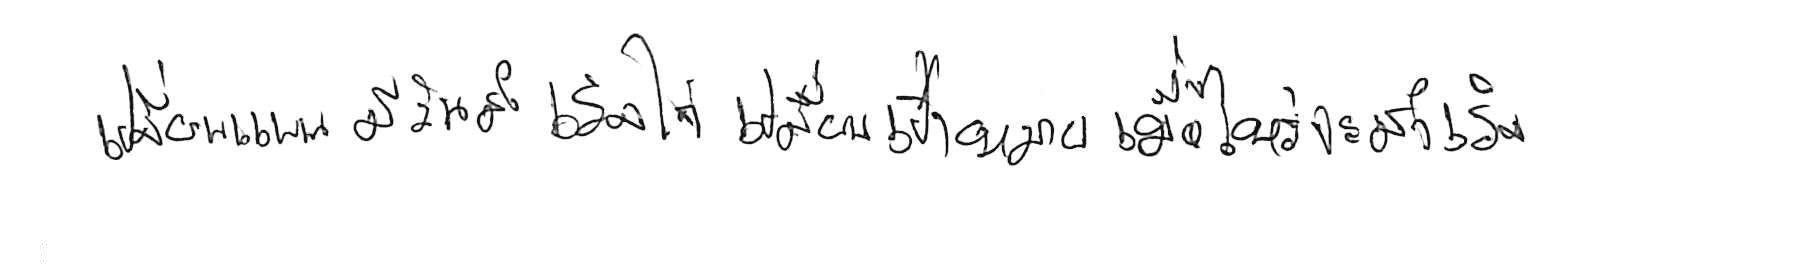
เปลี่ยนแผน มีวันสำเร็จได้ เปลี่ยนเป้าหมาย เมื่อไหร่จะสำเร็จ